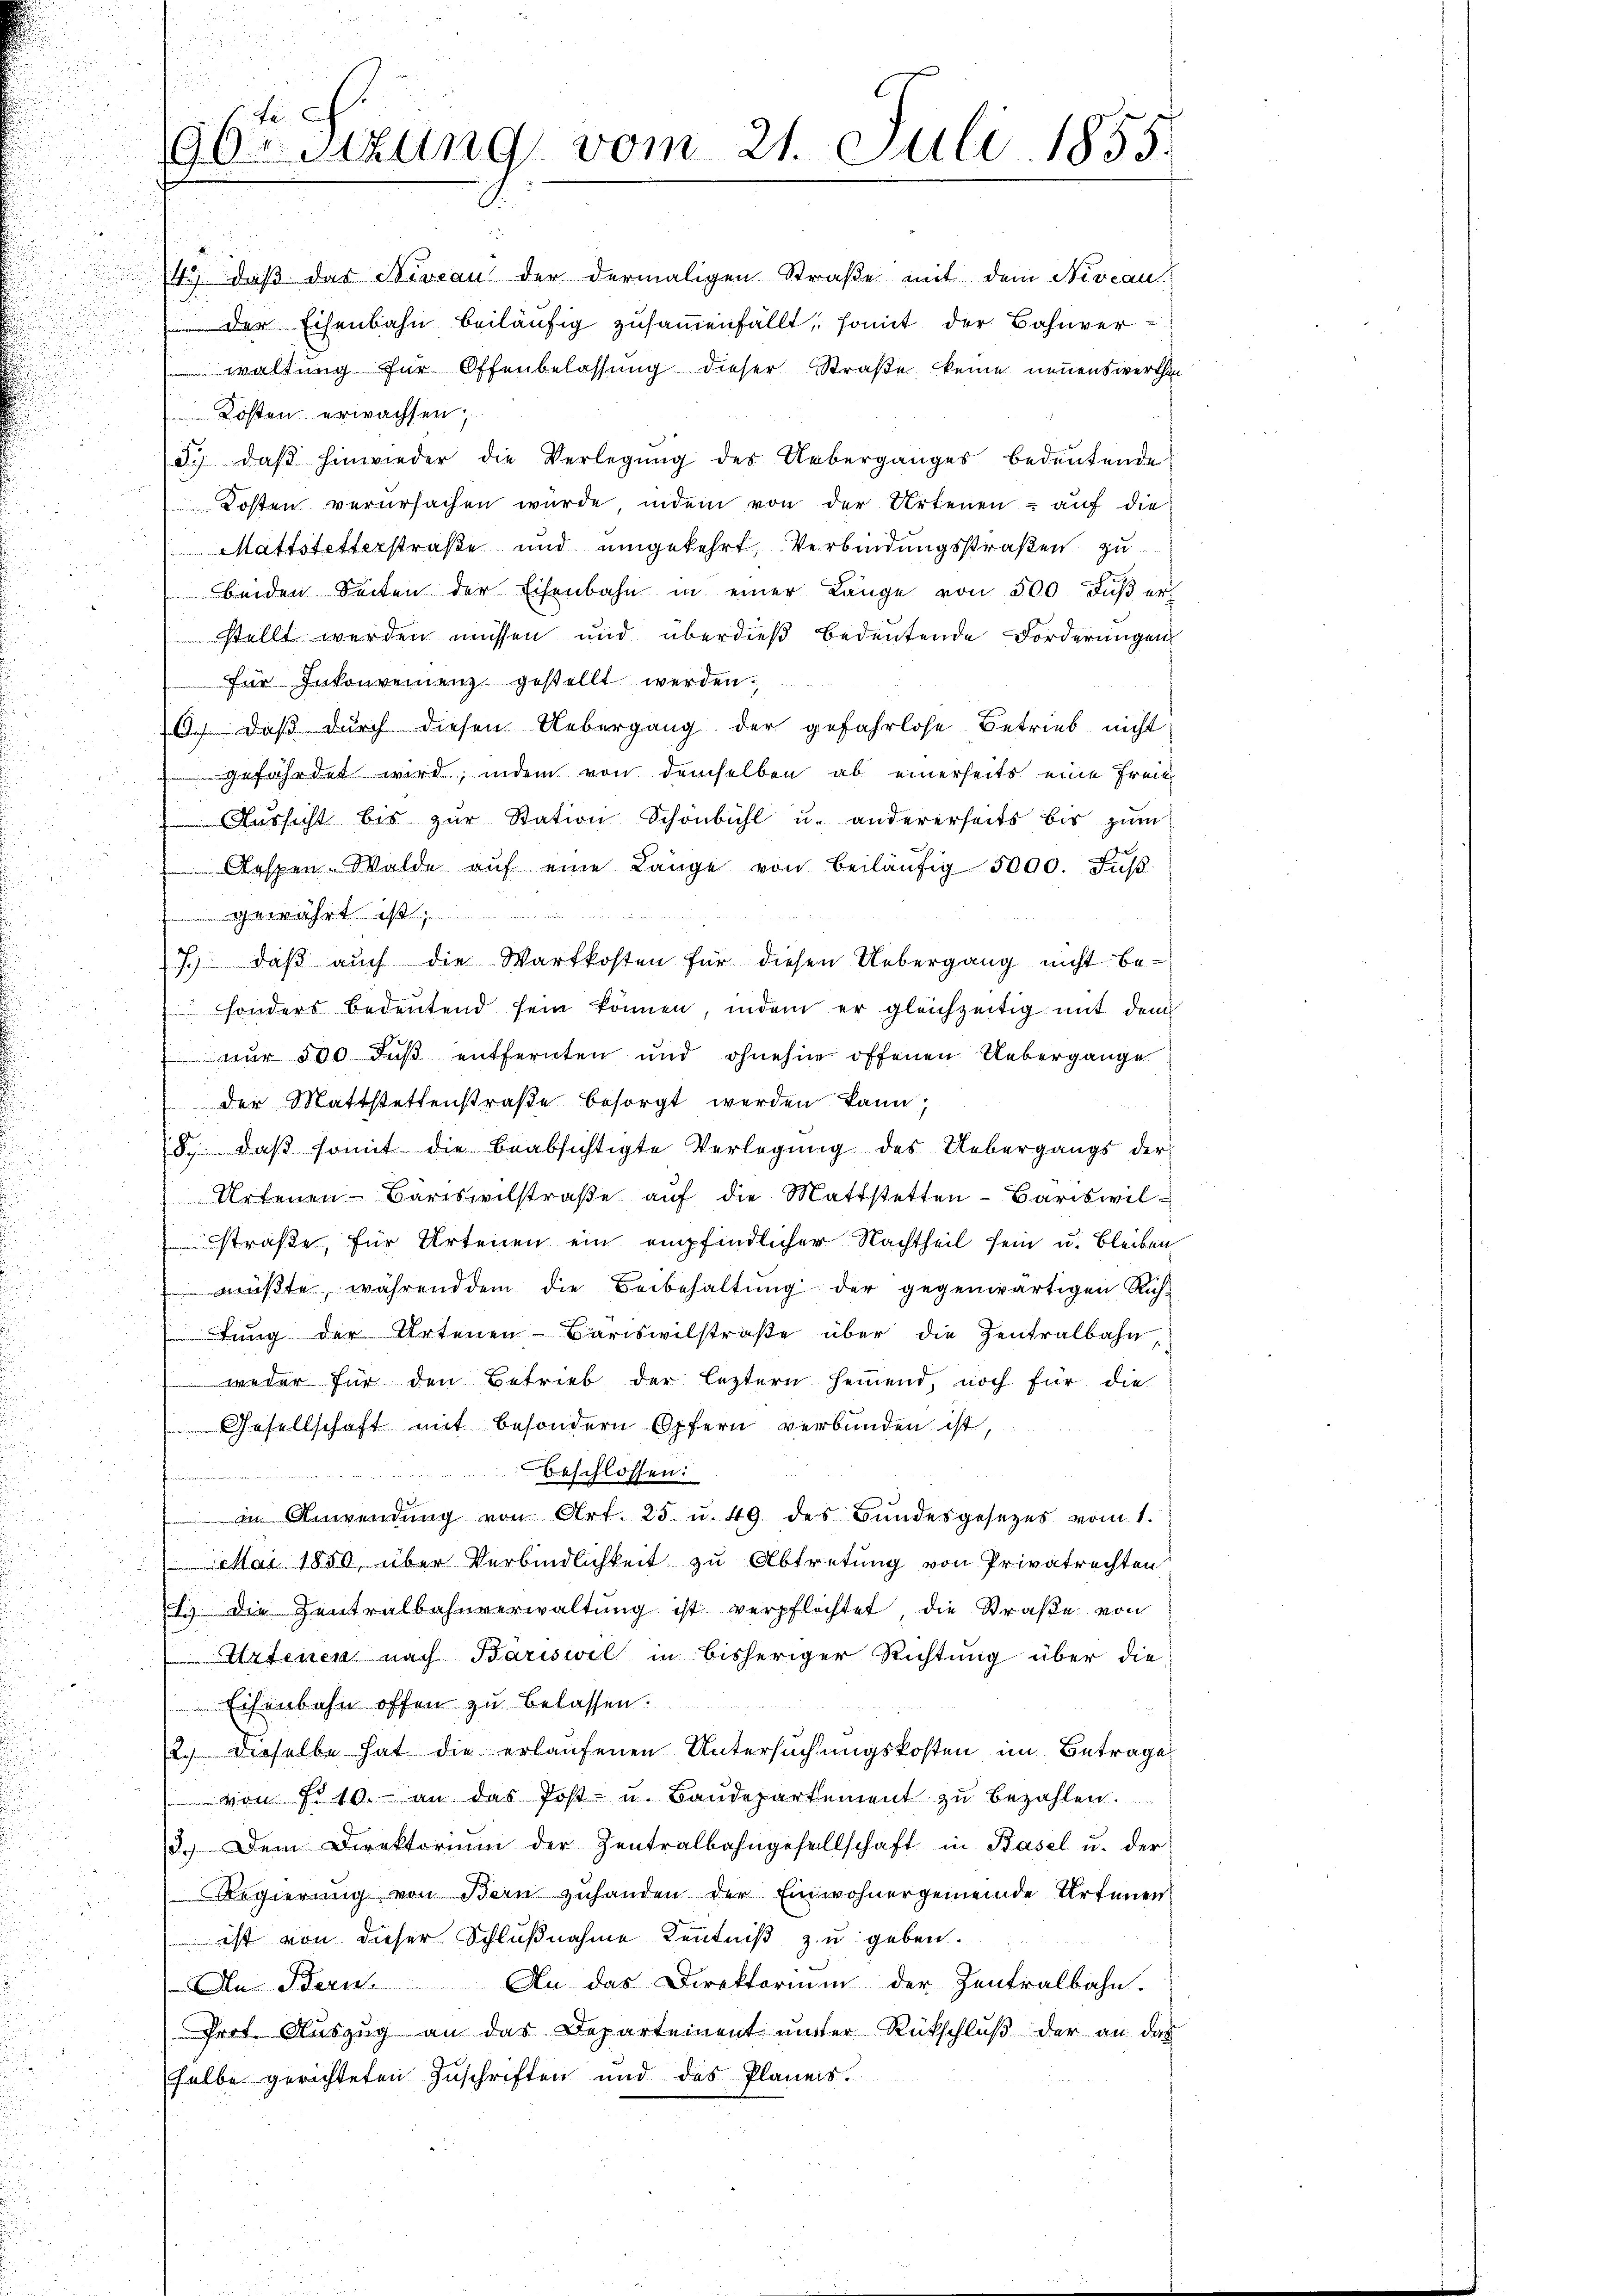
waltung für Offenbelassung dieser Straße keine neuenswerthin
Kosten erwachsen
d.) daß hinwieder die Verlegung des Ueberganges bedeutende
u
 Kosten verursachen wurde, indem von der Artenen - auf die
Mattstetterstraße und umgekehrt, Verbindungsstraßen zu
beiden Seiten der Eisenbahn in einer Länge von 500 Fuß er
stellt werden müssen und überdieß bedeutende Forderungen
für Inkonvenienz gestellt werden.
6.) daß durch diesen Uebergang der gefahrlose Betrieb nicht:
gefährdet wird, indem von demselben ab einerseits eine Freib
Aŭssicht bis zŭr Station Schönbühl u. andererseits bis zum
Arspen-Walde aŭf eine Länge von beiläŭfig 5000. Fuß
 Uhr
7.) daß auch die Wartkosten für diesen Uebergang nicht be¬
 sonders bedeŭtend sein können, indem er gleichzeitig mit dem
 nur 500 Fuß entfernten und ohnehin offenen Uebergange
der Mattstettenstraβe besorgt werden kann;
(S. daβ somit die beabsichtigte Verlegung des Uebergangs der
Artenen Bariswilstraße auf die Mattstetten Bäriswil¬
.
straße, für Artenen ein empfindlicher Nachtheil sein u. bleiben
müßte, während dem die Beibehaltung der gegenwärtigen Rich¬
.
u
tung der Artenen-Bariswilstraße über die Zentralbahn,
weder für den Betrieb der leztern heimend, noch für die
Gesellschaft mit besondern Opfern verbunden ist,
 beschlossen:
 in Anwendung von Art. 25. u. 49 des Bundesgesezes vom 1.
Mai 1850, über Verbindlichkeit zu Abtretung von Privatrechten
u
11) Die Zentralbahnverwaltŭng ist verpflichtet, die Straße von
Artenen nach Bariswil in bisheriger Richtung über die
Eisenbahn offen zu belassen.
2.) Dieselbe hat die erlaufenen Untersuchungskosten, im Betrage
von 10. an das Post- u. Baŭdepartement zŭ bezahlen.
3.) Dem Direktoriŭm der Zentralbahngesellschaft in Basel u. der
Regierung von Bern zuhanden der Einwohnergemeinde Artenen
ist von dieser Schlußnahme Kenntniß zu geben.
Den Bern. An das Direktorium der Zentralbahn.
Prot. Aŭszŭg an das Departement ŭnter Rückschlŭβ der an das
selbe gerichteten Zuschriften und des Planes.

90te Sitzung vom 21. Juli 1855.

43) daß das Niveau der dermaligen Straße mit dem Niveau
der Eisenbahn beiläufig zusammenfällt, somit der Bahnver¬